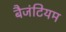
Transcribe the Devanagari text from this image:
बैजंटियम